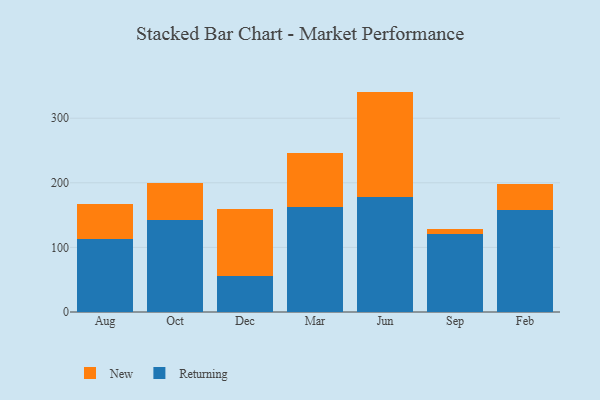
{"axis": {"x": "Month", "y": "Satisfaction Score"}, "legend": ["New", "Returning"], "data": [{"x": "Aug", "y": 112.8, "type": "Returning"}, {"x": "Aug", "y": 55.1, "type": "New"}, {"x": "Oct", "y": 142.2, "type": "Returning"}, {"x": "Oct", "y": 58.1, "type": "New"}, {"x": "Dec", "y": 56.5, "type": "Returning"}, {"x": "Dec", "y": 103.0, "type": "New"}, {"x": "Mar", "y": 162.8, "type": "Returning"}, {"x": "Mar", "y": 83.4, "type": "New"}, {"x": "Jun", "y": 177.7, "type": "Returning"}, {"x": "Jun", "y": 163.5, "type": "New"}, {"x": "Sep", "y": 121.4, "type": "Returning"}, {"x": "Sep", "y": 7.1, "type": "New"}, {"x": "Feb", "y": 157.4, "type": "Returning"}, {"x": "Feb", "y": 41.4, "type": "New"}]}